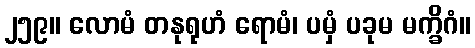
၂၅၉။ လောမံ တနုရုဟံ ရောမံ၊ ပမှံ ပခုမ မက္ခိဂံ။